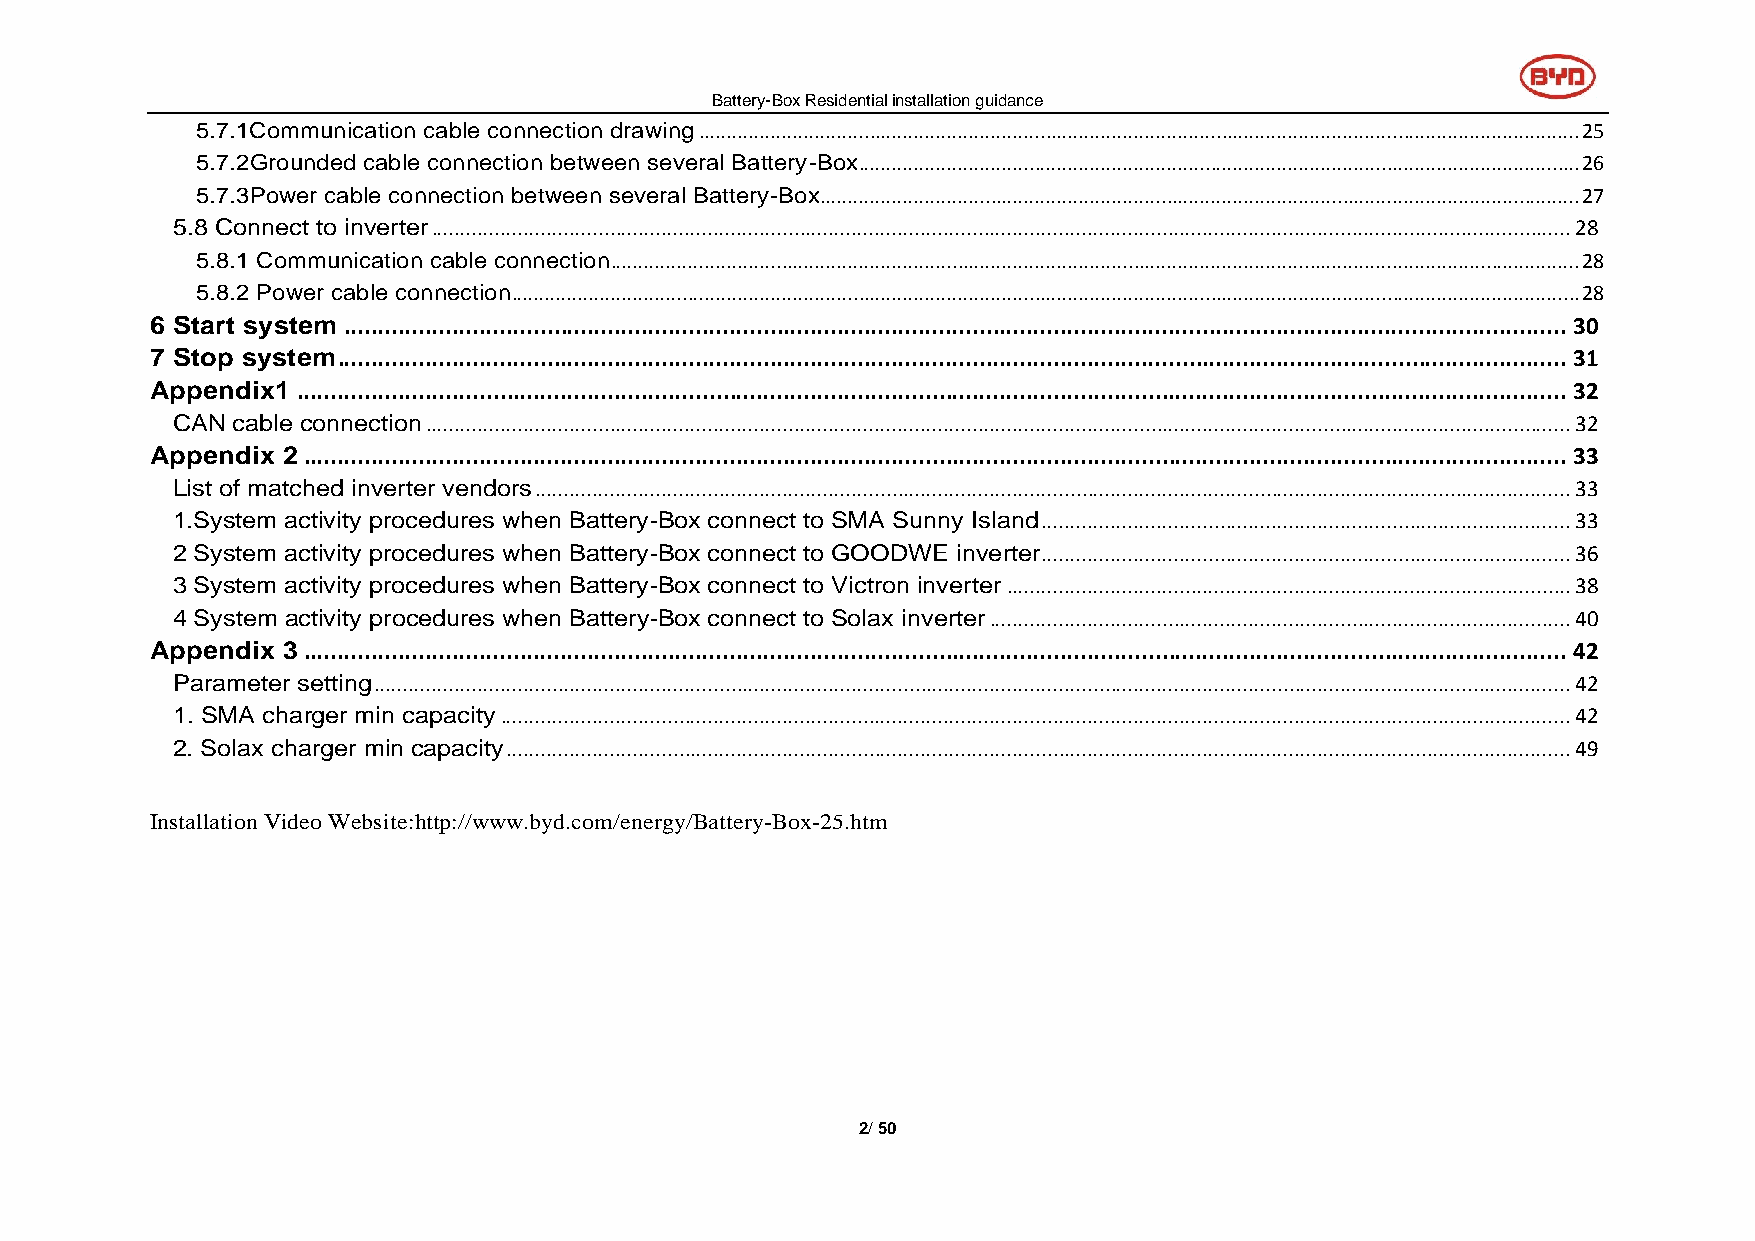
Battery-Box Residential installation guidance
 5.7.1Communication cable connection drawing ................................................................................................................................................................ 25
 5.7.2Grounded cable connection between several Battery-Box ................................................................................................................................... 26
 5.7.3Power cable connection between several Battery-Box .......................................................................................................................................... 27
 5.8 Connect to inverter ...................................................................................................................................................................................................... 28
 5.8.1 Communication cable connection................................................................................................................................................................................ 28
 5.8.2 Power cable connection.................................................................................................................................................................................................. 28
 6 Start system ..................................................................................................................................................................................... 30
 7 Stop system ...................................................................................................................................................................................... 31
 Appendix1 ............................................................................................................................................................................................ 32
 CAN cable connection ....................................................................................................................................................................................................... 32
 Appendix 2 ........................................................................................................................................................................................... 33
 List of matched inverter vendors .................................................................................................................................................................................... 33
 1.System activity procedures when Battery-Box connect to SMA Sunny Island ............................................................................................ 33
 2 System activity procedures when Battery-Box connect to GOODWE inverter ............................................................................................ 36
 3 System activity procedures when Battery-Box connect to Victron inverter .................................................................................................. 38
 4 System activity procedures when Battery-Box connect to Solax inverter ..................................................................................................... 40
 Appendix 3 ........................................................................................................................................................................................... 42
 Parameter setting ................................................................................................................................................................................................................ 42
 1. SMA charger min capacity .......................................................................................................................................................................................... 42
 2. Solax charger min capacity ......................................................................................................................................................................................... 49
 Installation Video Website:http://www.byd.com/energy/Battery-Box-25.htm
 2/ 50